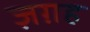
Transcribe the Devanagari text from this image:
ज़ग़ह